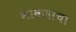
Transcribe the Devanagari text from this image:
भाषणाचा